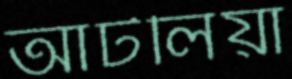
আটলিয়া